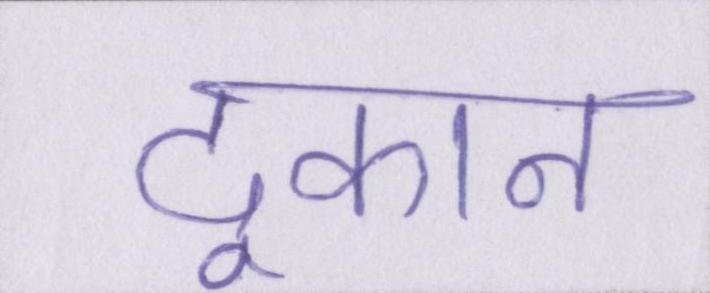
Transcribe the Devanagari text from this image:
दूकान